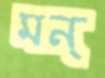
মন্